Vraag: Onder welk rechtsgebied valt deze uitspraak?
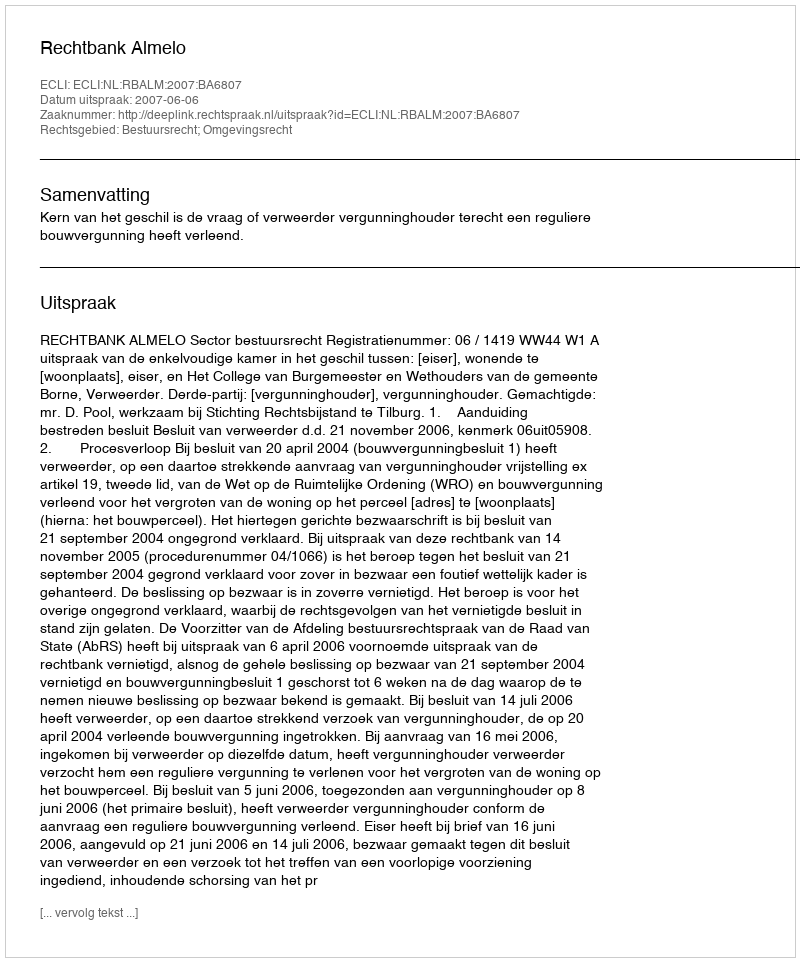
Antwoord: Bestuursrecht; Omgevingsrecht